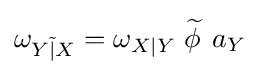
\omega _{Y{\tilde {|}}X}=\omega _{X|Y}\;{\widetilde {\phi \,}}\;a_{Y}